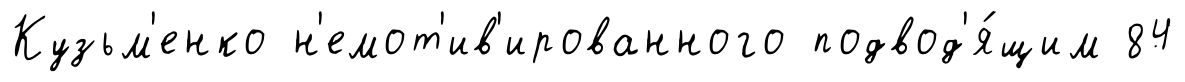
Кузьм'енко н'емот'ив'ированного подвод'я́щим 84